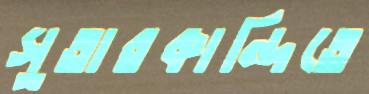
সুতারকান্দিতে